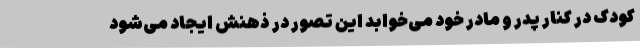
کودک در کنار پدر و مادر خود می‌خوابد این تصور در ذهنش ایجاد می‌شود